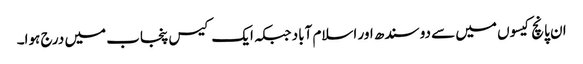
ان پانچ کیسوں میں سے دو سندھ اور اسلام آباد جبکہ ایک کیس پنجاب میں درج ہوا۔